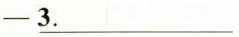
-\underline {3. }